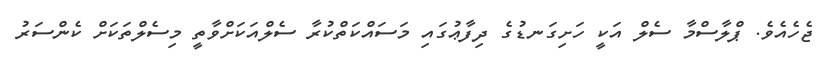
ޖެހެއެވެ. ޕްލާސްމާ ސެލް އަކީ ހަށިގަނޑުގެ ދިފާޢުގައި މަސައްކަތްކުރާ ސެލްއަކަށްވާތީ މިސެލްތަކަށް ކެންސަރު